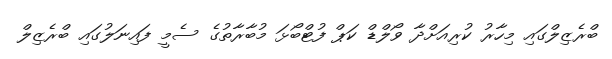
ބްރެޒިލްގައި މިހާރު ކުރިއަށްދާ ވޯލްޑް ކަޕް ފުޓްބޯޅަ މުބާރާތުގެ ސެމީ ފައިނަލުގައި ބްރެޒިލް